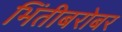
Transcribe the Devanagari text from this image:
भिंतीबरोबर